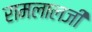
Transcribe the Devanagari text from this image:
रामलालजी